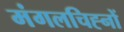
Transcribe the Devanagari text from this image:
मंगलचिह्नों